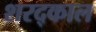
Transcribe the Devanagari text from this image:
शरद्काल